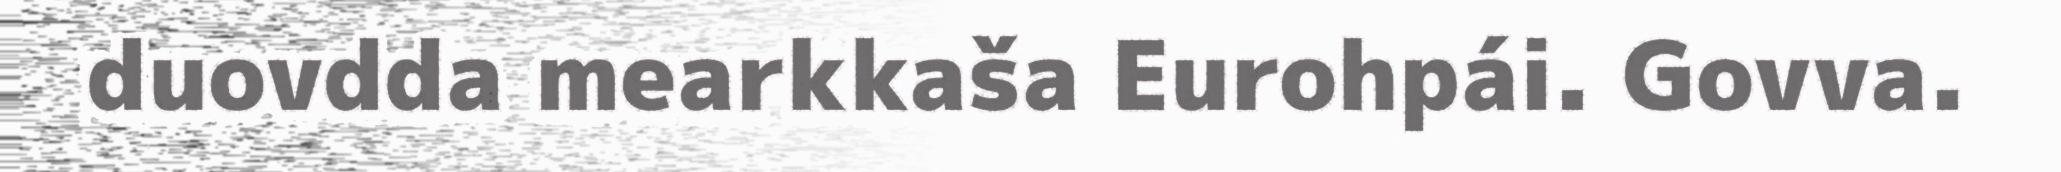
duovdda mearkkaša Eurohpái. Govva.